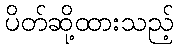
ပိတ်ဆို့ထားသည့်